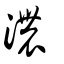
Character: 濃